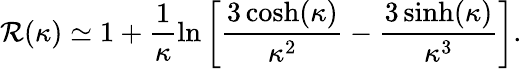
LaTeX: \mathcal{R}(\kappa)\simeq1+\frac{{1}}{{\kappa}}\ln\left[\frac{{3\cosh(\kappa)}}{{\kappa^{2}}}-\frac{{3\sinh(\kappa)}}{{\kappa^{3}}}\right].